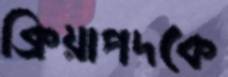
ক্রিয়াপদকে